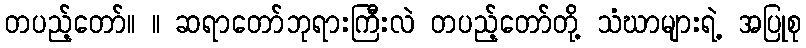
တပည့်တော်။ ။ ဆရာတော်ဘုရားကြီးလဲ တပည့်တော်တို့ သံဃာများရဲ့ အပြုစု